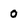
Character: 0